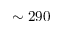
\sim 2 9 0